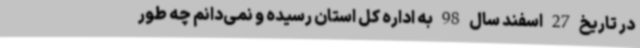
در تاریخ 27 اسفند سال 98 به اداره کل استان رسیده و نمی‌دانم چه طور